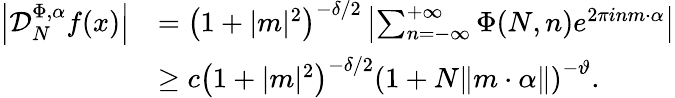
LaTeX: \begin{array}{rl}{\left|\mathcal{D}_{N}^{\Phi,\alpha}f(x)\right|}&{=\left(1+|m|^{2}\right)^{-\delta/2}\left\vert\sum_{n=-\infty}^{+\infty}\Phi(N,n)e^{2\pi inm\cdot\alpha}\right\vert}\\ &{\geq c\left(1+|m|^{2}\right)^{-\delta/2}\left(1+N\| m\cdot\alpha\| \right)^{-\vartheta}.}\end{array}